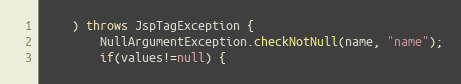
Language: Java
	) throws JspTagException {
		NullArgumentException.checkNotNull(name, "name");
		if(values!=null) {